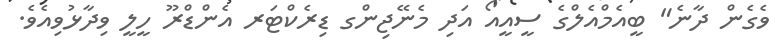
ވެގެން ދާނެ" ބީއެމްއެލްގެ ސީއީއޯ އަދި މެނޭޖިންގ ޑިރެކްޓަރ އެންޑްރޫ ހީލީ ވިދާޅުވިއެވެ.